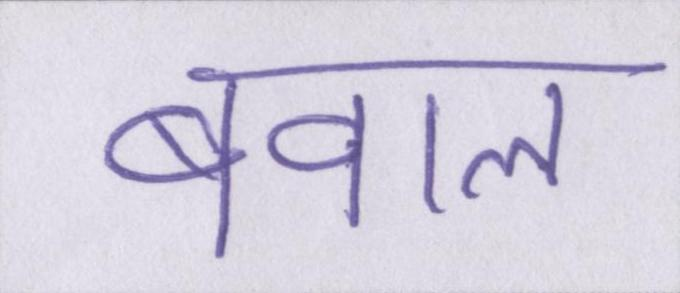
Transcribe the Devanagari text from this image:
बवाल